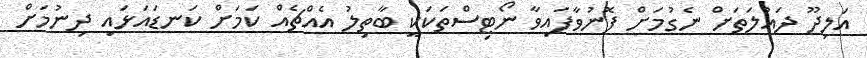
އަލިދޫ ދައުލަތަށް ނެގުމަށް ފޮނުވާފައިވާ ނޯޓިސްތަކަކީ ބާތިލު އެއްޗެއް ކަމަށް ކަނޑައަޅައި ދިނުމަށް